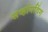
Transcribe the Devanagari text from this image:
सर्व्हायविंग